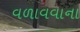
વળાવવાના